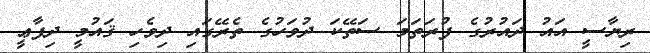
ރިޔާސީ އައު ދައުރުގެ ފުރަތަމަ ސަތޭކަ ދުވަހުގެ ތެރޭގައި ދިވެހި ޤައުމީ ދިފާޢީ